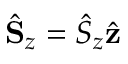
\hat { \bf S } _ { z } = \hat { S } _ { z } \hat { \bf z }